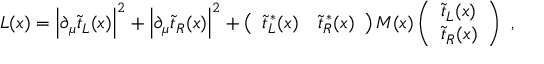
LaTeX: { \cal L } ( x ) = \left| \partial _ { \mu } \widetilde t _ { L } ( x ) \right| ^ { 2 } + \left| \partial _ { \mu } \widetilde t _ { R } ( x ) \right| ^ { 2 } + \left( \begin{array} { l l } { { \widetilde t _ { L } ^ { \, * } ( x ) } } & { { \widetilde t _ { R } ^ { \, * } ( x ) } } \end{array} \right) { \cal M } ( x ) \left( \begin{array} { l } { { \widetilde t _ { L } ( x ) } } \\ { { \widetilde t _ { R } ( x ) } } \end{array} \right) \ ,